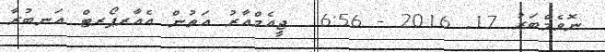
ނޮވެމްބަރު 17